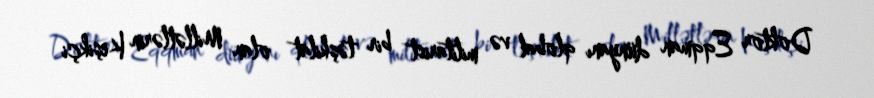
Doktor Eqqman dünyanı qlobal və militarist bir təşkilat olan Millətlərin Keşikçi